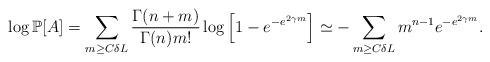
LaTeX: \begin{align*}\log \mathbb P[A]=\sum_{m\geq C\delta L}\frac{\Gamma(n+m)}{\Gamma(n)m!}\log\left[1-e^{-e^{2\gamma m}}\right]\simeq -\sum_{m\geq C\delta L}m^{n-1}e^{-e^{2\gamma m}}.\end{align*}